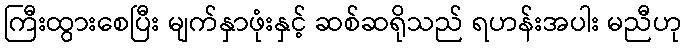
ကြီးထွားစေပြီး မျက်နှာဖုံးနှင့် ဆစ်ဆရိုသည် ရဟန်းအပါး မညီဟု